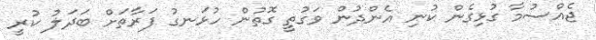
ޖެއްސުމާ ގުޅިގެން ކުނި އެންދުން ވަގުތީ ގޮތުން ހުޅަނގު ފަރާތަށް ބަދަލު ކުރީ